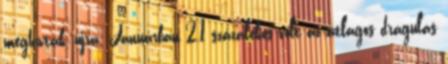
meghívták, újra. Januárban 2,1 százalékos volt az átlagos drágulás